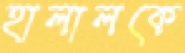
হালালকে